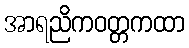
အာရညိကဝတ္တကထာ